Annual report of lunatic asylums [Bombay] - 1912-1922
Year: 1912
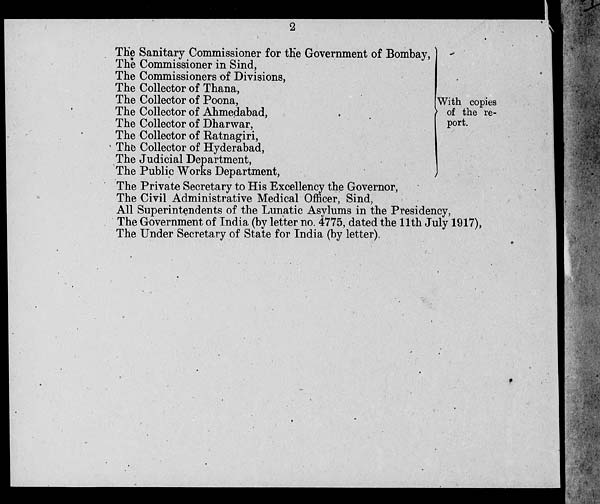
2
The Sanitary Commissioner for the Government of Bombay
The Commissioner in Sind,
The Commissioners of Divisions,
The Collector of Thana,
The Collector of Poona,
The Collector of Ahmedabad,
The Collector of Dharwar,
The Collector of Ratnagiri,
The Collector of Hyderabad,
The Judicial Department,
The Public Works Department,
With copies
of the re-
port.
The Private Secretary to His Excellency the Governor,
The Civil Administrative Medical Officer, Sind,
All Superintendents of the Lunatic Asylums in the Presidency,
The Government of India (by letter no. 4775, dated the 11th July 1917),
The Under Secretary of State for India (by letter).